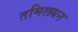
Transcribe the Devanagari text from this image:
तमिलयन